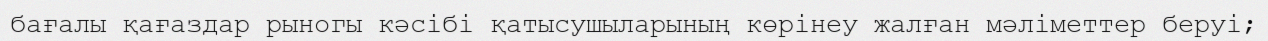
бағалы қағаздар рыногы кәсібі қатысушыларының көрінеу жалған мәліметтер беруі;